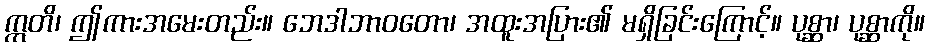
ဣတိ၊ ဤကားအမေးတည်း။ ဘေဒါဘာဝတော၊ အထူးအပြား၏ မရှိခြင်းကြောင့်။ ပုစ္ဆာ၊ ပုစ္ဆာကို။